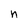
Character: n